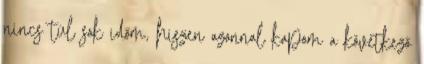
nincs túl sok időm, hiszen azonnal kapom a következő